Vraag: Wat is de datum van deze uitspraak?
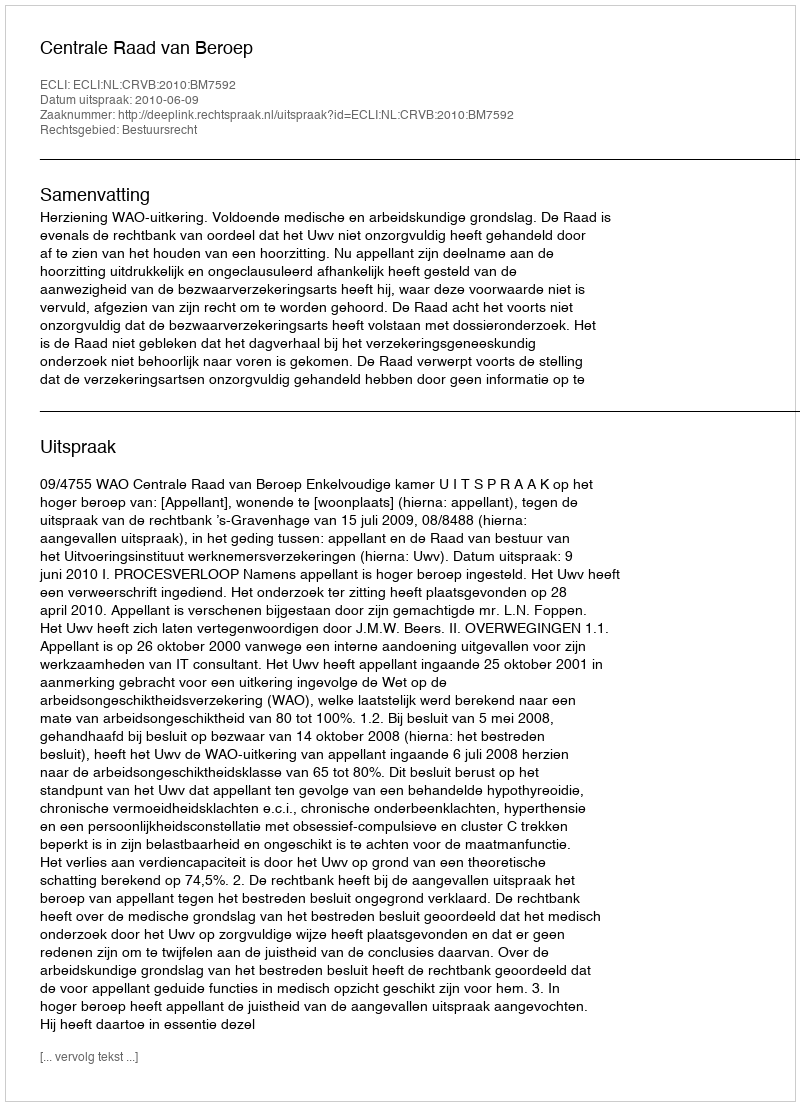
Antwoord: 2010-06-09